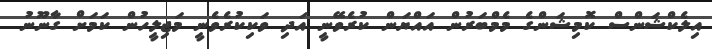
އިލެކްޝަންސް ކޮމިޝަންގެ މެމްބަރުން އައްޔަން ކުރެވޭނީ އަދި ވަކިކުރެވެނީ މަޖިލީހުން ކަމަށް ގާނޫނު